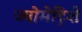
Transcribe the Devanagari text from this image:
ज्योमेट्रिशे